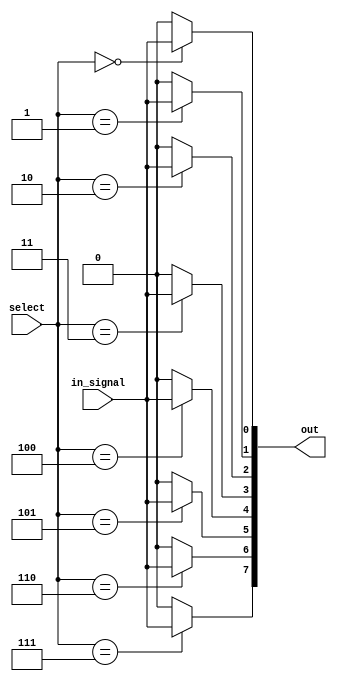
module demux_1to8 (
    input in_signal,
    input [2:0] select,
    output [7:0] out);

    assign out[0] = (select == 3'b000) ? in_signal : 1'b0;
    assign out[1] = (select == 3'b001) ? in_signal : 1'b0;
    assign out[2] = (select == 3'b010) ? in_signal : 1'b0;
    assign out[3] = (select == 3'b011) ? in_signal : 1'b0;
    assign out[4] = (select == 3'b100) ? in_signal : 1'b0;
    assign out[5] = (select == 3'b101) ? in_signal : 1'b0;
    assign out[6] = (select == 3'b110) ? in_signal : 1'b0;
    assign out[7] = (select == 3'b111) ? in_signal : 1'b0;

endmodule